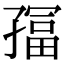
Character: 𫲮